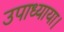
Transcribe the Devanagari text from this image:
उपाध्याया।